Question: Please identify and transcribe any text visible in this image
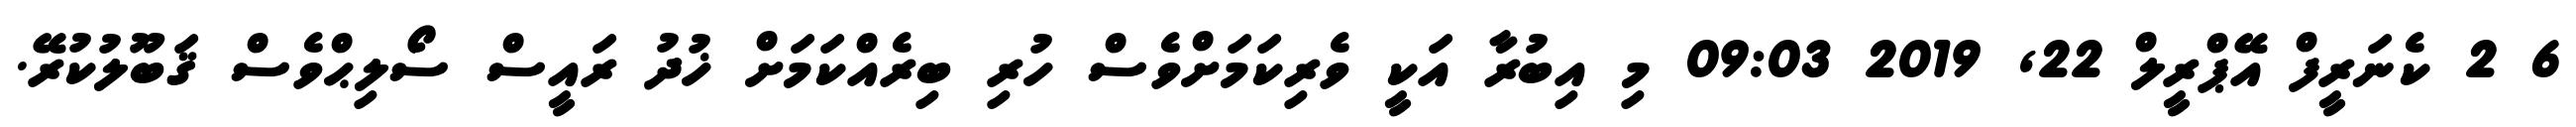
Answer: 6 2 ކެނަރީފް އޭޕްރީލް 22, 2019 09:03 މި އިބުރާ އަކީ ވެރިކަމަށްވެސް ހުރި ބިރެއްކަމަށް ޚުދު ރައީސް ސޯލިޙްވެސް ޤަބޫލުކުރޭ.